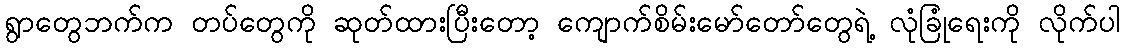
ရွာတွေဘက်က တပ်တွေကို ဆုတ်ထားပြီးတော့ ကျောက်စိမ်းမော်တော်တွေရဲ့ လုံခြုံရေးကို လိုက်ပါ